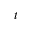
t